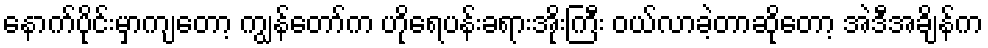
နောက်ပိုင်းမှာကျတော့ ကျွန်တော်က ဟိုရေပန်းခရားအိုးကြီး ဝယ်လာခဲ့တာဆိုတော့ အဲဒီအချိန်က